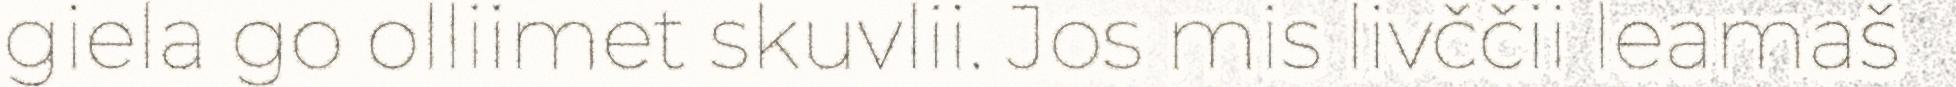
giela go olliimet skuvlii. Jos mis livččii leamaš